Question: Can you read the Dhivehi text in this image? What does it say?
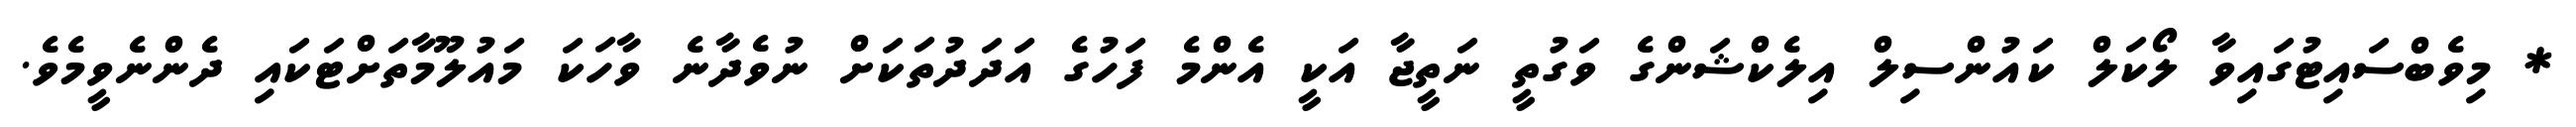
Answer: * މިވެބްސައިޓުގައިވާ ލޯކަލް ކައުންސިލް އިލެކްޝަންގެ ވަގުތީ ނަތީޖާ އަކީ އެންމެ ފަހުގެ އަދަދުތަކަށް ނުވެދާނެ ވާހަކަ މައުލޫމާތަށްޓަކައި ދެންނެވީމެވެ.